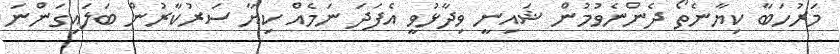
މަރުހަބާ ކިޔާނެތޯ ދެންނެވުމުން ޝައިނީ ވިދާޅުވީ އެފަދަ ނަމެއް ކިޔާ ސަރުކާރުން ބަލައިގަންނަ